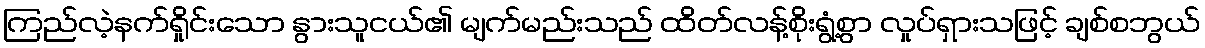
ကြည်လဲ့နက်ရှိုင်းသော နွားသူငယ်၏ မျက်မည်းသည် ထိတ်လန့်စိုးရွံ့စွာ လှုပ်ရှားသဖြင့် ချစ်စဘွယ်